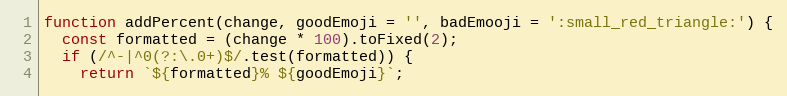
Language: JavaScript
function addPercent(change, goodEmoji = '', badEmooji = ':small_red_triangle:') {
  const formatted = (change * 100).toFixed(2);
  if (/^-|^0(?:\.0+)$/.test(formatted)) {
    return `${formatted}% ${goodEmoji}`;